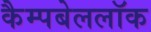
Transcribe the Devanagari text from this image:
कैम्पबेललॉक